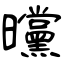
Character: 曭